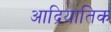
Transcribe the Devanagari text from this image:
आद्रियातिक